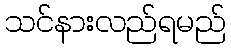
သင်နားလည်ရမည်